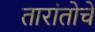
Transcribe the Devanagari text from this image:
तारांतोचे